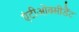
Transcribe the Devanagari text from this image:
एंटीओक्सीडैंट